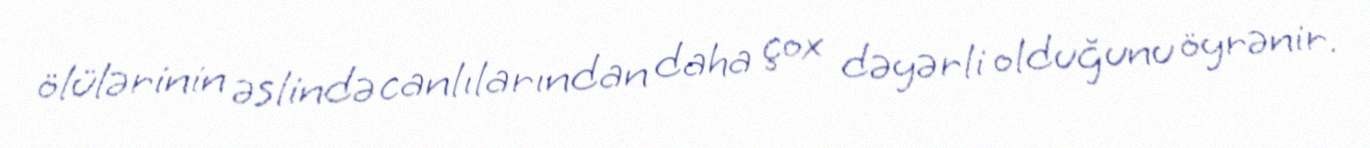
ölülərinin əslində canlılarından daha çox dəyərli olduğunu öyrənir.